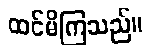
ထင်မိကြသည်။